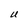
Character: U